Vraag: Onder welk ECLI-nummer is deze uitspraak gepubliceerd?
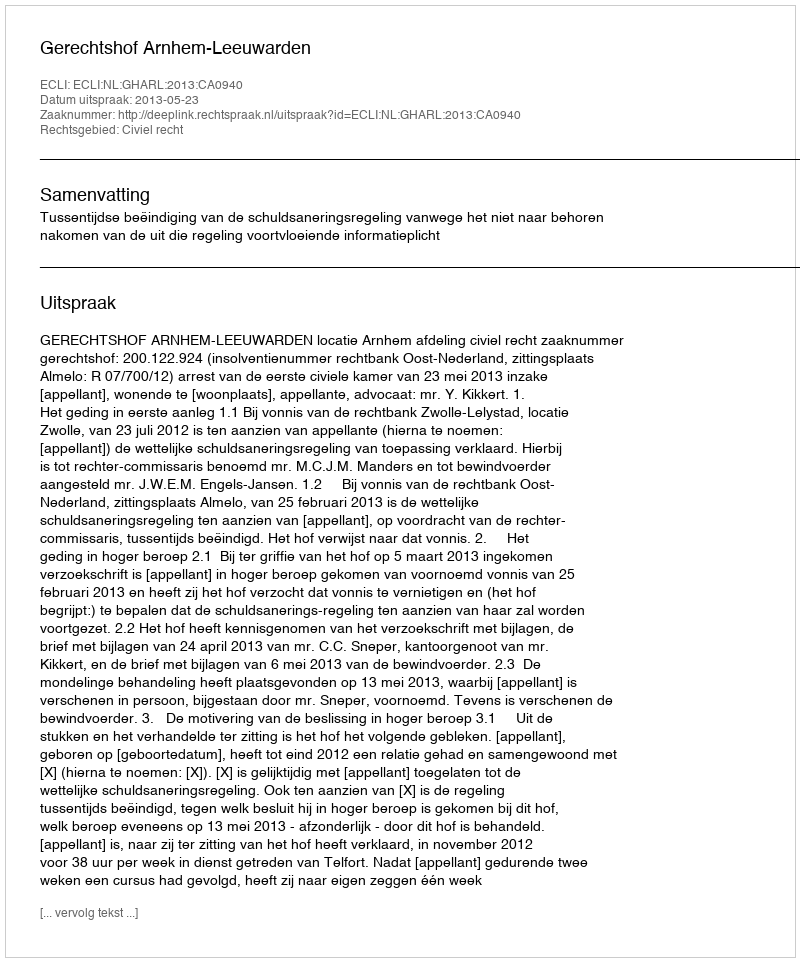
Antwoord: ECLI:NL:GHARL:2013:CA0940